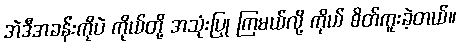
အဲဒီအခန်းကိုပဲ ကိုယ်တို့ အသုံးပြု ကြမယ်လို့ ကိုယ် စိတ်ကူးခဲ့တယ်။